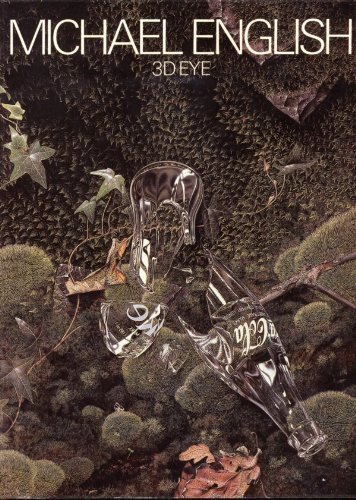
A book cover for Michael English 3D Eye: The Posters, prints and paintings of Michael English, 1966-1979; Michael English; Computers & Technology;